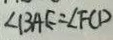
\angle B A E = \angle F C D